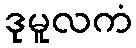
ဒုမူလကံ